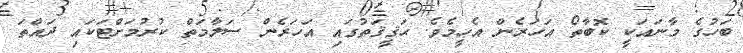
ބަހުގެ މާނައަކީ ކޮބާތޯ އަހަރެން އެހީމެވެ. ޙަޤީޤަތުގައި އަހަރެން ސަލާމަތް ކުރުމަށްޓަކައި ދައްތަ